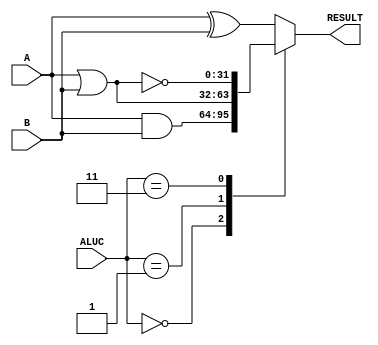
`timescale 1ns / 1ps
module Logicer
(
    A,
    B,
    ALUC,
    RESULT
);

    input [31:0]A;
    input [31:0]B;
    input [1:0]ALUC;

    output [31:0]RESULT;

    reg [31:0]RESULT;

    always@(A or B or ALUC) begin
        case(ALUC)
            2'b00:RESULT = A & B;
            2'b01:RESULT = A | B;
            2'b11:RESULT = ~(A | B);
            default:RESULT = A ^ B;
        endcase
    end

endmodule